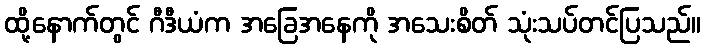
ထို့နောက်တွင် ဂီဒီယံက အခြေအနေကို အသေးစိတ် သုံးသပ်တင်ပြသည်။